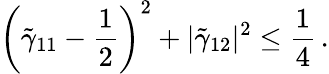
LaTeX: \left(\tilde{\gamma}_{11}-\frac{1}{2}\right)^{2}+|\tilde{\gamma}_{12}|^{2}\leq\frac{1}{4}\, .